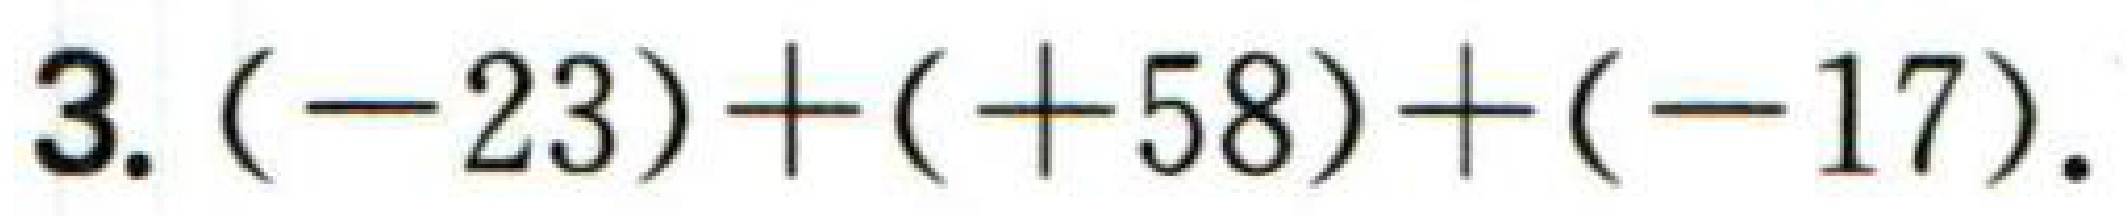
$3.(-23)+(+58)+(-17).$